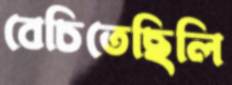
বেচিতেছিলি